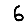
Digit: 6